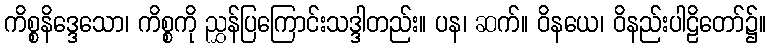
ကိစ္စနိဒ္ဒေသော၊ ကိစ္စကို ညွှန်ပြကြောင်းသဒ္ဒါတည်း။ ပန၊ ဆက်။ ဝိနယေ၊ ဝိနည်းပါဠိတော်၌။